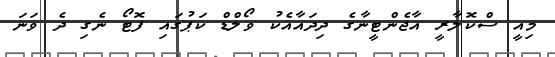
މިއީ ސްކޮލާރީ އާޖެންޓީނާގެ ދިދައާއެކު ވޯލްޑް ކަޕުގައި ފޮޓޯ ނެގި ދެ ވަނަ